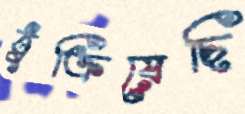
ঠুক্‌রিয়েছি